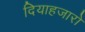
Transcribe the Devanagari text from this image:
दियाहजारो